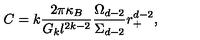
C = k \frac { 2 \pi \kappa _ { B } } { G _ { k } l ^ { 2 k - 2 } } \frac { \Omega _ { d - 2 } } { \Sigma _ { d - 2 } } r _ { + } ^ { d - 2 } ,